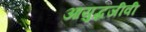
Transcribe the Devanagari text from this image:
आयुद्धजीवी